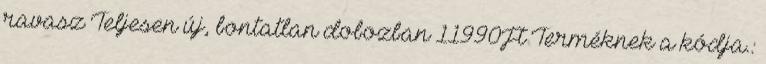
ravasz Teljesen új, bontatlan dobozban 11990Ft Terméknek a kódja.: